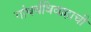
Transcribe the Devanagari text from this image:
गांधर्वविवाहाची